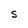
Character: S